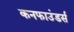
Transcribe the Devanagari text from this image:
कनफाउंडर्स